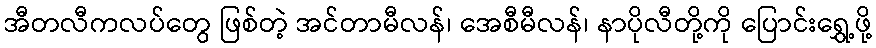
အီတလီကလပ်တွေ ဖြစ်တဲ့ အင်တာမီလန်၊ အေစီမီလန်၊ နာပိုလီတို့ကို ပြောင်းရွှေ့ဖို့